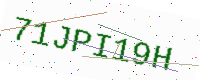
Text: 71JPI19H